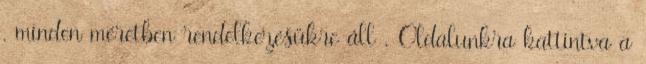
, minden méretben rendelkezésükre áll . Oldalunkra kattintva a